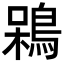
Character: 𪁣